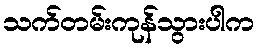
သက်တမ်းကုန်သွားပါက